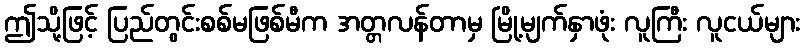
ဤသို့ဖြင့် ပြည်တွင်းစစ်မဖြစ်မီက အတ္တလန်တာမှ မြို့မျက်နှာဖုံး လူကြီး လူငယ်များ